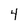
Character: 4